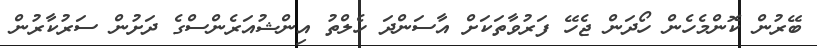
ބޭރުން ކޮންމެހެން ހޯދަން ޖެހޭ ފަރުވާތަކަށް އާސަންދަ ހެލްތު އިންޝުއަރެންސްގެ ދަށުން ސަރުކާރުން